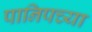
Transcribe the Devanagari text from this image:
पानिपच्या